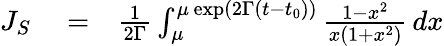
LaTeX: \begin{array}{rlr}{J_{S}}&{{}=}&{{\frac{1}{2\Gamma}}\int_{\mu}^{\mu\, \mathrm{exp}(2\Gamma(t-t_{0}))}{\frac{1-x^{2}}{x(1+x^{2})}}\, dx}\end{array}